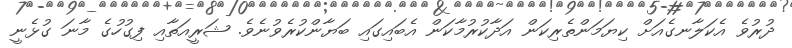
ދުރުވެ އެކަލާނގެއަށް ކިޔަމަންތެރިކަން އަދާކުރުމާކަން އެބައިގައި ބަޔާންކުރެވުނެވެ. ޝަރީއަތާއި ފިގުހުގެ މާނަ ގުޅެނީ